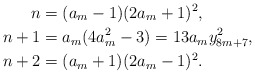
\begin{align*} n &= (a_{m} - 1) (2 a_{m} + 1)^{2},\\ n+1 &= a_{m} (4 a_{m}^{2} - 3) = 13 a_{m} y_{8m+7}^{2}, \\ n+2 &= (a_{m} + 1) (2 a_{m} - 1)^{2}.\\\end{align*}